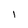
Character: l